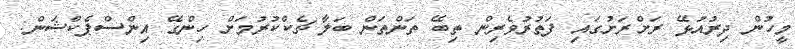
މީހުން ދިރުއުޅޭ ރަށްރަށުގައި ފަތުރުވެރިން ތިބޭ ތަންތަން ބަލާ ޗެކްކުރުމަށް ހިންގޭ އިންސްޕެކްޝަން: